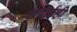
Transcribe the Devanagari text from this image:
छपाईही